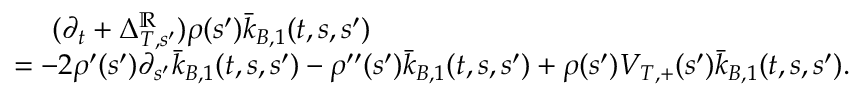
\begin{array} { r l } & { \ \ \ \ ( \partial _ { t } + \Delta _ { T , s ^ { \prime } } ^ { \mathbb { R } } ) \rho ( s ^ { \prime } ) \bar { k } _ { B , 1 } ( t , s , s ^ { \prime } ) } \\ & { = - 2 \rho ^ { \prime } ( s ^ { \prime } ) \partial _ { s ^ { \prime } } \bar { k } _ { B , 1 } ( t , s , s ^ { \prime } ) - \rho ^ { \prime \prime } ( s ^ { \prime } ) \bar { k } _ { B , 1 } ( t , s , s ^ { \prime } ) + \rho ( s ^ { \prime } ) V _ { T , + } ( s ^ { \prime } ) \bar { k } _ { B , 1 } ( t , s , s ^ { \prime } ) . } \end{array}